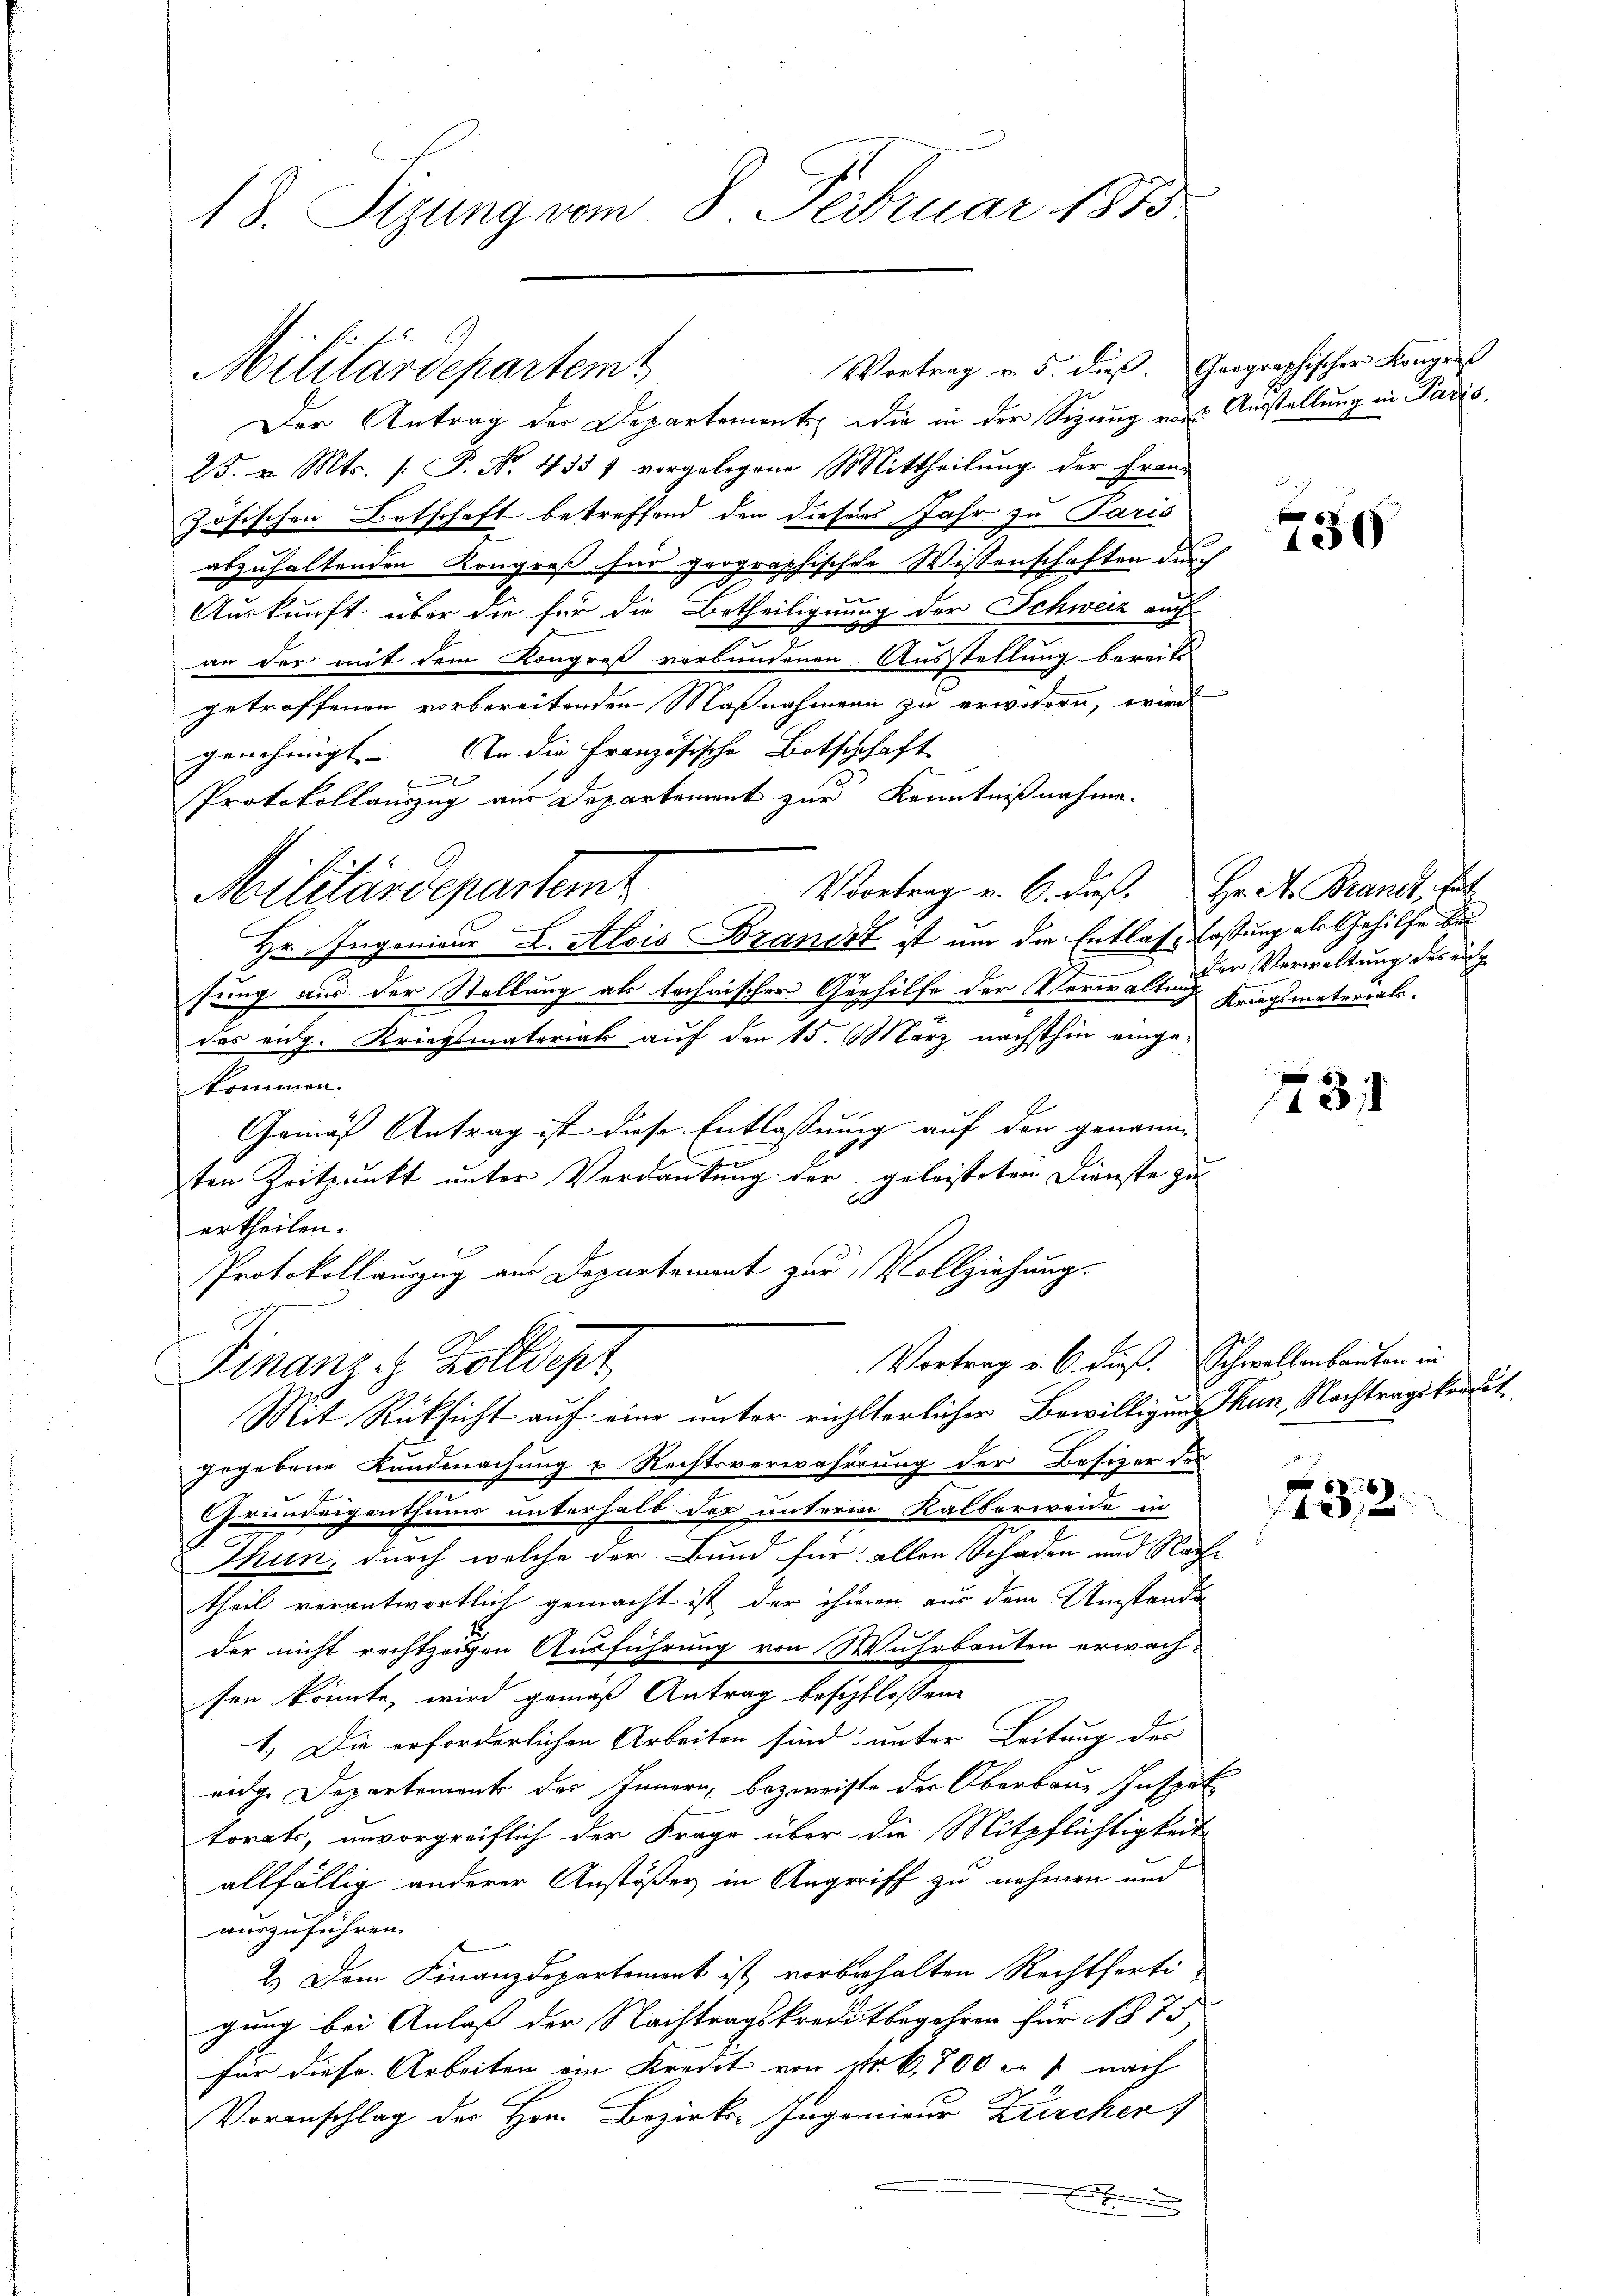
18. Sizung vom 8. Februar 1873.

Ver
Vortrag v. 5. dieß. Geographischer Kongres
Mitardepartem
Der Antrag des Departements, die in der Sigung eins Ausstellung in Paris.
25. v. Mts. [ P. Nr. 433 f vorgelegene Mittheilung der Fran-
zösischen Ortschaft betreffend den diesens Jahr zu Paris
abzuhaltenden Kongreß für geographischen Wissenschaften durch
Auskunft über die für die Betheiligung der Schweiz auch
.
an der mit dem Kongreß verbundenen Ausstellung bereits
getroffenen vorbereitenden Maßnahmen zu erwidern, wird
genehmigt. An die Französische Botschhaft
2
Protokollauszug aus Departement zur Kenntnißnahme.
Vortrag v. 6. dieß. Hr. A. Brandt, Gut
Militärdepartemt
Hr. Ingenieur L. Alois Brandt ist um die Entlas fassung als Gehilfe bei
sung aus der Stellung als technischer Gehilfe der Verwaltung Kriegsmaterialsdes eng. Kriegsmateriak auf den 15. März nächsthin eingekommen.
Gemäß Antrag ist diese Entlassung auf den genanne
ten Zeitpunkt unter Verdankung der geleisteten Dienste zu
ertheilen.
Protokollauszug aus Departement zur Vollziehung.
Vortrag v. 6. dieß. Schwellenbauten in
Finanze Zolldept
Mit Rücksicht auf eine unter richtterlicher Bewilligung thun, Nachtragskredit
gegebene Landmachung u Rechtsverwahrung der Besizer des
Grundeigenthums unterhalb der unterm Kalberweide in
Thun, durch welche der Bund für allen Schaden und Nach-
theil verantwortlich gemacht ist der ihmen aus dem Umstande
der nicht rechtzeigen Ausführung von Wuhrbauten erwach-
sen könnte, wird gemäß Antrag beschlossen.
1.) Die erforderlichen Arbeiten sind unter Leitung des
eidge Departement des Innern bezweifte der Oberbaue, Inspet
torats, unvorgreiflich der Frage über die Mitpflichtigkeit
allfällig anderer Anstößer in Angriff zu nehmen und
auszuführen.
2.) Dem Finanzdepartement ist vorbehalten Rechtferti-
gung bei Anlass der Nachtragskreditbegehren für 1875
für diese Arbeiten ein Kreist von Nr. 6,800 ers nach
Voranschlag der Hrn. Bezirks- Ingenieur Zürcher

730

der Verwaltung des ruh

g
1431

p
1422